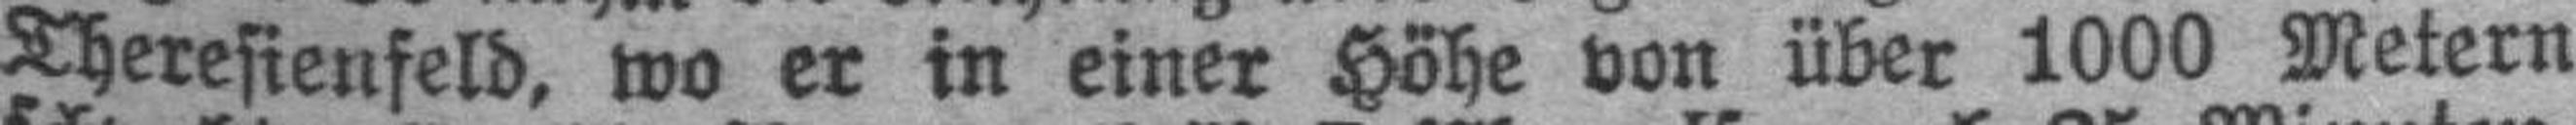
Theresienfeld, wo er in einer Höhe von über 1000 Metern